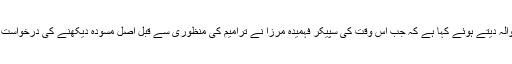
درخواست گذار نے آئین میں اٹھارہویں آئینی ترمیم کا حوالہ دیتے ہوئے کہا ہے کہ جب اُس وقت کی سپیکر فہمیدہ مرزا نے ترامیم کی منظوری سے قبل اصل مسودہ دیکھنے کی درخواست کی تھی تو انہیں بتایا گیا تھا کہ مسودہ لاپتہ ہوچکا ہے۔